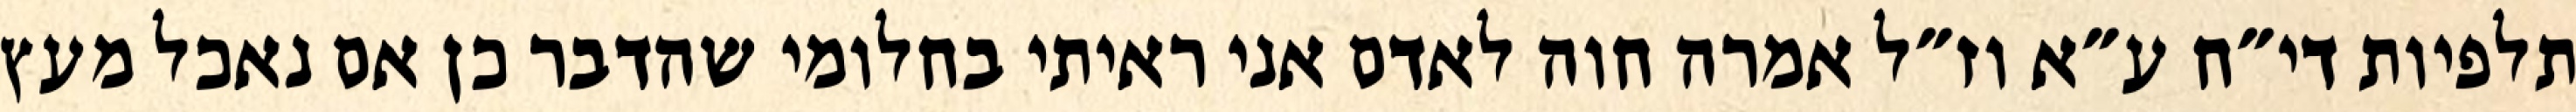
תלפיות די״ח ע״א וז״ל אמרה חוה לאדם אני ראיתי בחלומי שהדבר כן אם נאכל מעץ